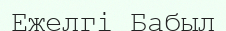
Ежелгі Бабыл